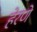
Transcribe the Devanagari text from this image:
हेरणे